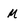
Character: m